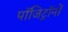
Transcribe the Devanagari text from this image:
पॉजिट्रॉनों